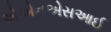
એએનએસઆઈ